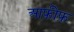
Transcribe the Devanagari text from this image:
आफ़ीफ़